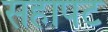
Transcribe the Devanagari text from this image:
सहापट